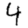
Digit: 4